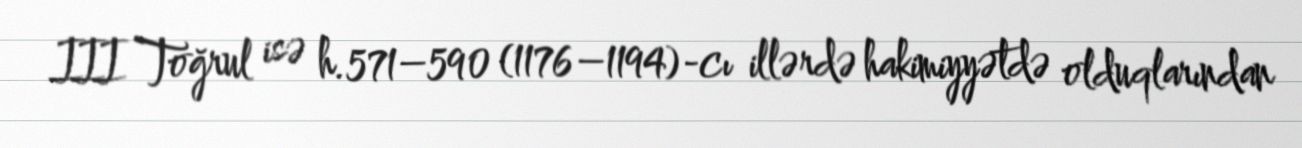
III Toğrul isə h.571–590 (1176–1194)-cı illərdə hakimiyyətdə olduqlarından